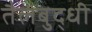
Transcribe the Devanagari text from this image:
तैलबुद्धी